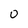
Character: o